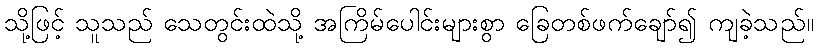
သို့ဖြင့် သူသည် သေတွင်းထဲသို့ အကြိမ်ပေါင်းများစွာ ခြေတစ်ဖက်ချော်၍ ကျခဲ့သည်။